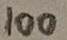
Text: 100